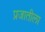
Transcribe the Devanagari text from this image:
प्रजातीला